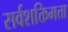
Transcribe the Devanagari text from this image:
सर्वशक्तिमत्ता